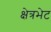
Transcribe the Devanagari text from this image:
क्षेत्रभेट